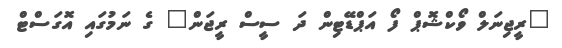
"ރީޖިނަލް ވޯކްޝޮޕް ފޯ އަޕްޑޭޓިން ދަ ސީސް ރީޖަން" ގެ ނަމުގައި އޮގަސްޓް